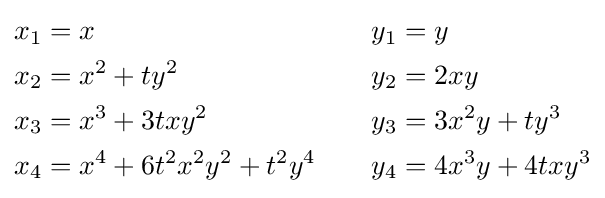
{\begin{alignedat}{2}x_{1}&=x&y_{1}&=y\\x_{2}&=x^{2}+ty^{2}&y_{2}&=2xy\\x_{3}&=x^{3}+3txy^{2}&y_{3}&=3x^{2}y+ty^{3}\\x_{4}&=x^{4}+6t^{2}x^{2}y^{2}+t^{2}y^{4}\qquad &y_{4}&=4x^{3}y+4txy^{3}\end{alignedat}}